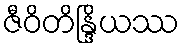
ဇီဝိတိန္ဒြိယဿ